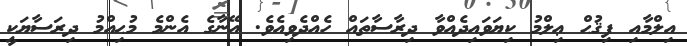
އިލްމާއި ފިޤުޙް ޢިލްމު ކިޔަވައިދެއްވާ ދިރާސާތައް ހެއްދެވިއެވެ. އޭނާގެ އެންމެ މުޙިއްމު ދިރަސާޔަކީ